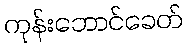
ကုန်းဘောင်ခေတ်